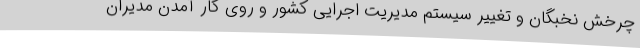
چرخش نخبگان و تغییر سیستم مدیریت اجرایی کشور و روی کار آمدن مدیران